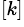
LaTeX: ^{[k]}